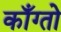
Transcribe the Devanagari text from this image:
काँग्तो